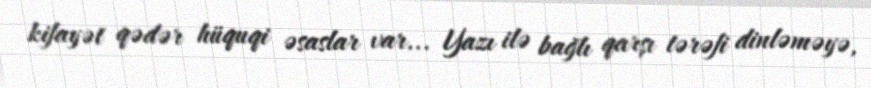
kifayət qədər hüquqi əsaslar var... Yazı ilə bağlı qarşı tərəfi dinləməyə,